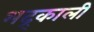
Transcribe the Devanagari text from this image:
भद्र्काली